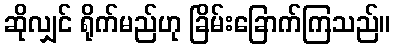
ဆိုလျှင် ရိုက်မည်ဟု ခြိမ်းခြောက်ကြသည်။